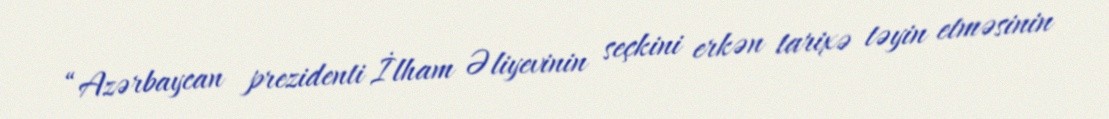
“Azərbaycan prezidenti İlham Əliyevinin seçkini erkən tarixə təyin etməsinin